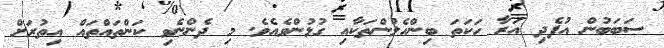
ސަބަބުން އުފެދި އަރާ ހަކަތަ ބިންހެލުންތަކާއި ގުޅުންވެއެވެ. މި ދެންނެވި ކަންތައްތައް އިތުރަށް